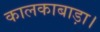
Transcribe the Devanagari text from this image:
कालकाबाड़ा।